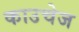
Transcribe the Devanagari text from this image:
काउचेज